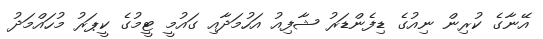
އޭނާގެ ކުރިން ނިއުގެ ޑިފެންޑަރު ޝާފިއު އަހުމަދާއި ގައުމީ ޓީމުގެ ކީޕަރު މުހައްމަދު